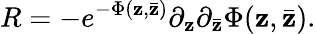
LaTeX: R=-e^{-\Phi(\mathbf{z},\bar{{\mathbf{z}}})}\partial_{\mathbf{z}}\partial_{\bar{{\mathbf{z}}}}\Phi(\mathbf{z},\bar{{\mathbf{z}}}).